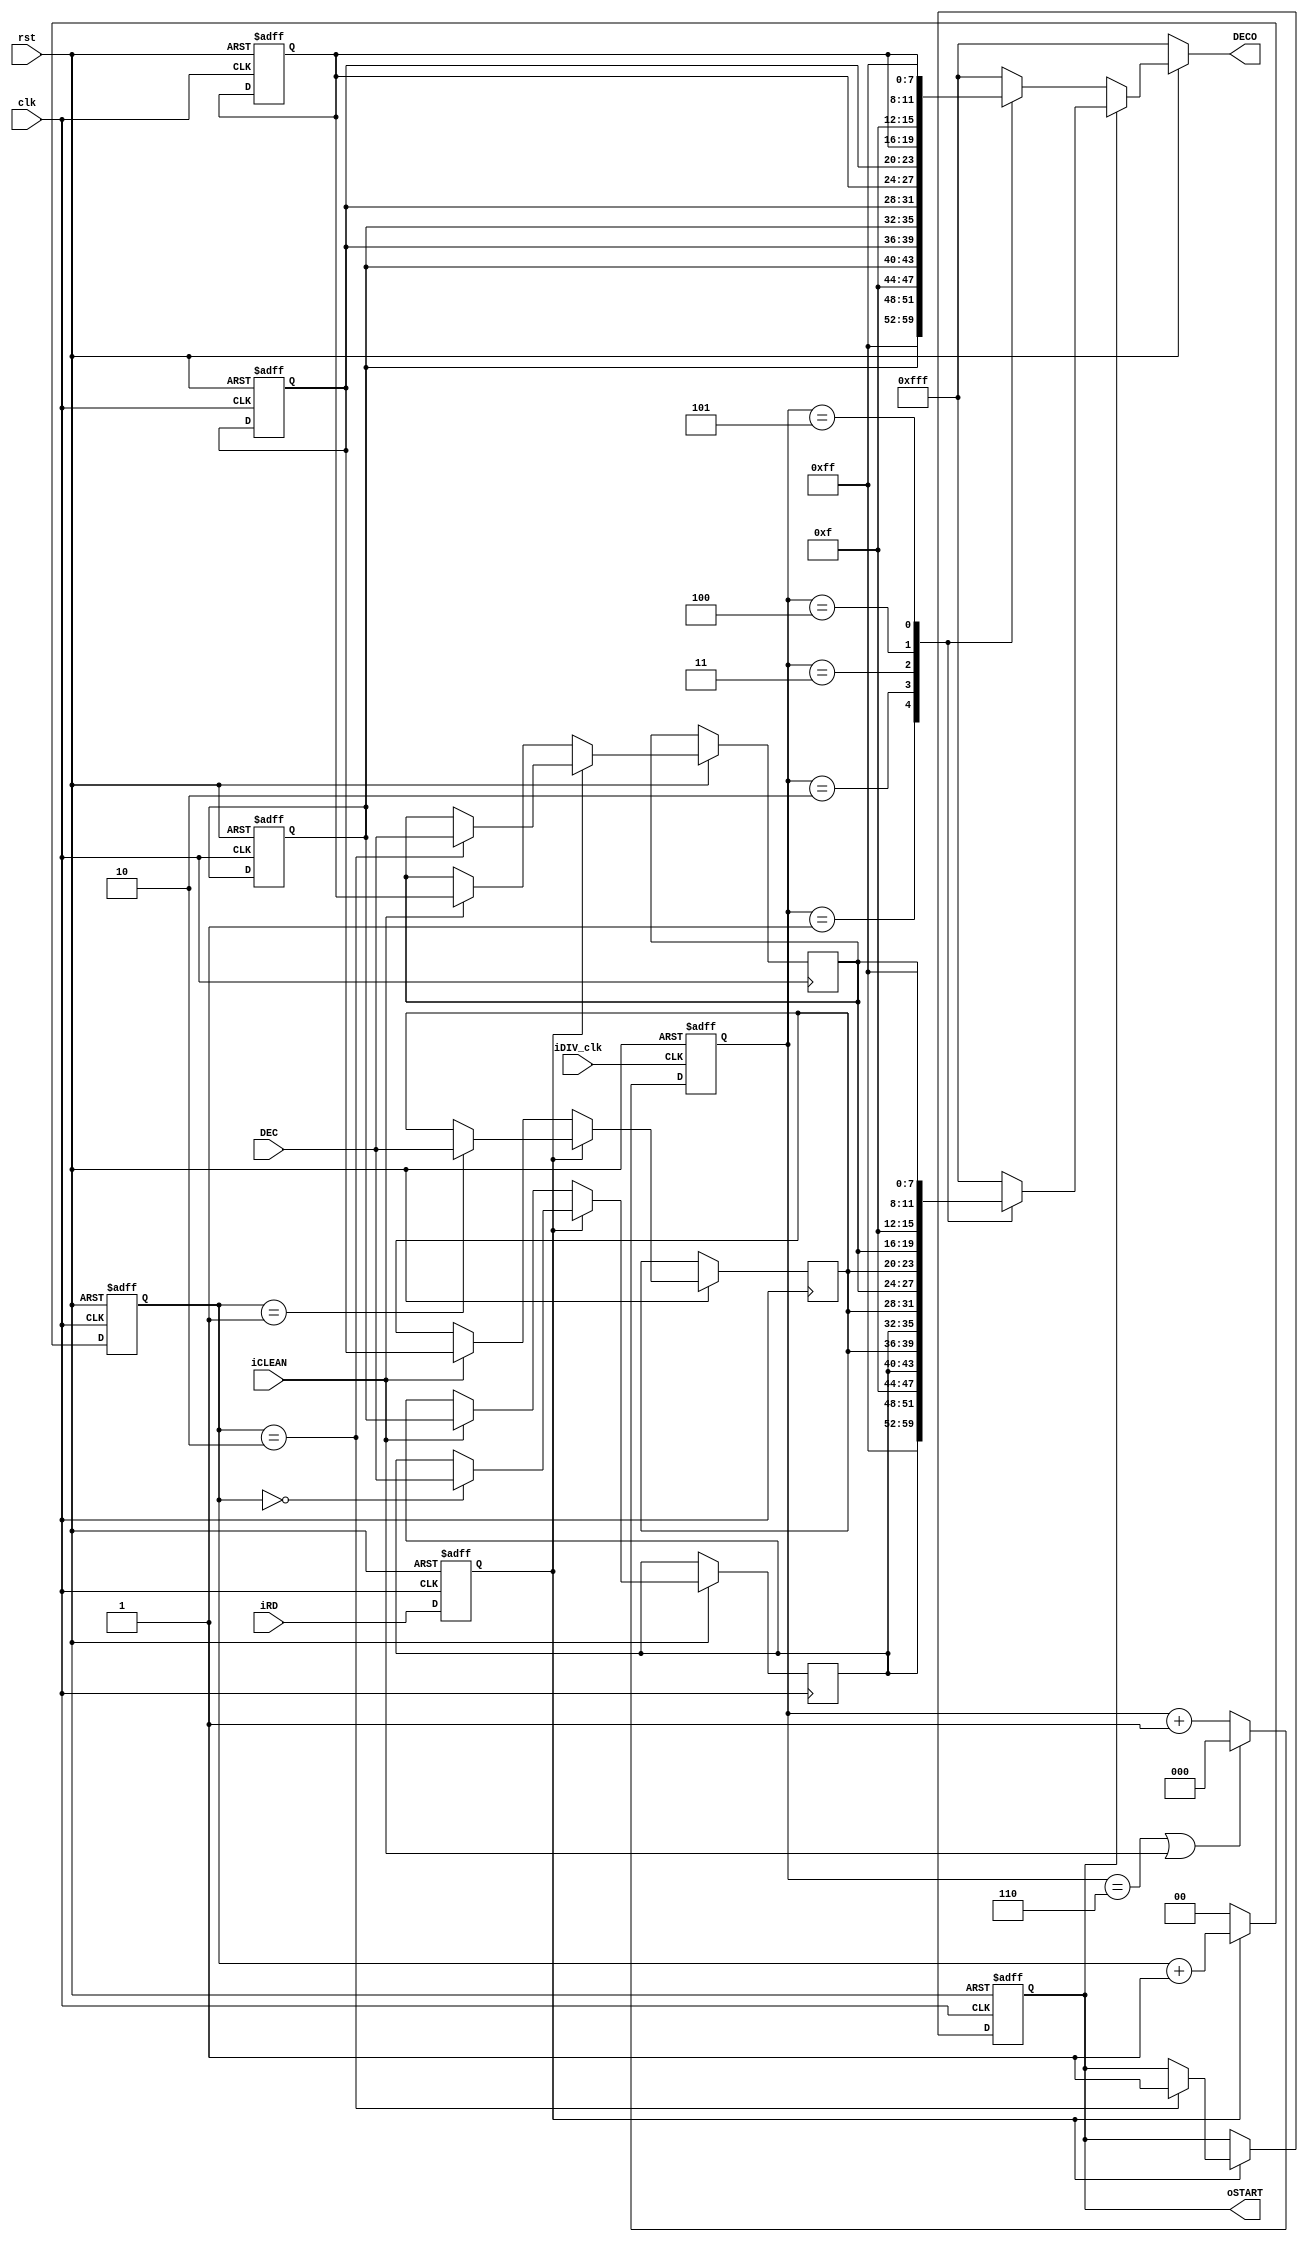
module scroller(
	input clk,
	input iDIV_clk,
	input rst,
	//input i_start, //enable
	input [3:0]DEC,
	//input wr_en,
	input  iRD,
	input iCLEAN,
	output [11:0]DECO,
	output oSTART
);

reg [3:0] seg1,seg2,seg3;
reg [3:0] initial_seg1,initial_seg2,initial_seg3;
reg [1:0] counter;
reg [2:0] scroller_counter;
reg wr_en,start;
reg [11:0] rDECO;
parameter blk = 4'b1111;

assign DECO = rDECO;
assign oSTART = start;

always@(posedge clk or negedge rst) begin
	if(!rst) wr_en <= 0;
	else wr_en <= iRD;
end

always@(posedge clk or negedge rst) begin //counter control
	if(!rst) begin
		counter <= 3'd0;
	end
	else if(wr_en)begin
		counter <= counter + 1;
	end
	else counter <= 0; 
end
always@(posedge iDIV_clk or negedge rst) begin //counter control
	if(!rst) begin
		scroller_counter <= 3'd0;
	end
	else if(scroller_counter == 3'd6 || iCLEAN == 1'b1)begin
		scroller_counter <= 0;
	end
	else if(start) scroller_counter <= scroller_counter + 1 ;
	else if(!start) scroller_counter <= scroller_counter + 1 ;
end	
always@(posedge clk or negedge rst)begin //reg read data from ASCII2DEC
	if(!rst) begin
		start <= 0;
		initial_seg1 <= 4'b0001;
		initial_seg2 <= 4'b0010;
		initial_seg3 <= 4'b0011;
	end
	else if(wr_en)begin
		case(counter)
			3'd0:seg1 <= DEC;
			3'd1:seg2 <= DEC;
			3'd2:begin 
				seg3  <= DEC;
				start <= 1;
				end
		endcase	
	end
	else if(iCLEAN)begin
		seg1 <= initial_seg1;
		seg2 <= initial_seg2;
		seg3 <= initial_seg3;
	end
	else begin
		seg1 <= seg1;
		seg2 <= seg2;
		seg3 <= seg3;
	end
end

always@(*) begin //ouput
	if(!rst) begin
		rDECO <= {blk,blk,blk};
	end
	else if(!start) begin 
		case(scroller_counter)
			3'd0:rDECO = {blk,blk,blk};
			3'd1:rDECO = {blk,blk,initial_seg1};
			3'd2:rDECO = {blk,initial_seg1,initial_seg2};
			3'd3:rDECO = {initial_seg1,initial_seg2,initial_seg3};
			3'd4:rDECO = {initial_seg2,initial_seg3,blk};
			3'd5:rDECO = {initial_seg3,blk,blk};
			3'd6:rDECO = {blk,blk,blk};
			default:rDECO = {blk,blk,blk};
		endcase
	end
	else  begin 
		case(scroller_counter)
			3'd0:rDECO = {blk,blk,blk};
			3'd1:rDECO = {blk,blk,seg1};
			3'd2:rDECO = {blk,seg1,seg2};
			3'd3:rDECO = {seg1,seg2,seg3};
			3'd4:rDECO = {seg2,seg3,blk};
			3'd5:rDECO = {seg3,blk,blk};
			3'd6:rDECO = {blk,blk,blk};
			default:rDECO = {blk,blk,blk};
		endcase
	end
end

endmodule